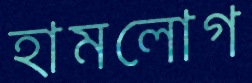
হামলোগ